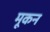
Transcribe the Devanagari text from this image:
मूकन